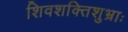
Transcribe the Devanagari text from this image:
शिवशक्तिशुभ्राः